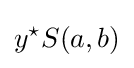
y^{\star }S(a,b)